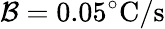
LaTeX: \mathcal{B}=0.05^{\circ}\mathrm{{C}}/\mathrm{{s}}